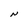
Character: N